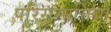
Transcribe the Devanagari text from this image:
परिसम्‍पत्तियों